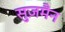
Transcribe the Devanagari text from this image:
सुज़मैन